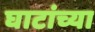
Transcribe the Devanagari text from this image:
घाटांच्या